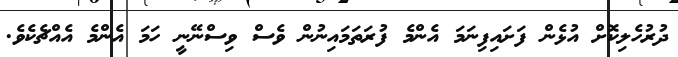
ދުރުހެލިކޮށް އުޅެން ފަށައިފިނަމަ އެންމެ ފުރަތަމައިނުން ވެސް ވިސްނޭނީ ހަމަ އެންމެ އެއްޗެކެވެ.